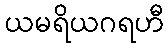
ယမရိယဂရဟီ